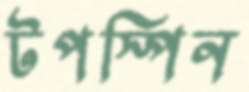
টপস্পিন